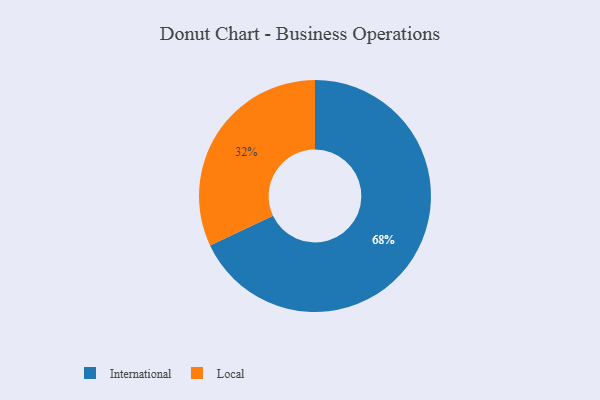
{"axis": {"x": "Category", "y": "Percentage"}, "legend": ["International", "Local"], "data": [{"x": "Local", "y": 32, "type": "Local"}, {"x": "International", "y": 68, "type": "International"}]}